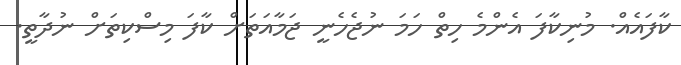
ކާފައެއް. މުނިކާފަ އެންމެ ހިތް ހަމަ ނުޖެހެނީ ޖަމާއަތަށް ކާފަ މިސްކިތަށް ނުދާތީ.